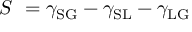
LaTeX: S \ = \gamma _ { \mathrm { S G } } - \gamma _ { \mathrm { S L } } - \gamma _ { \mathrm { L G } }